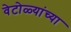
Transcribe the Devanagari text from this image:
वेटोळ्यांच्या